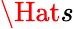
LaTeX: \Hat{s}